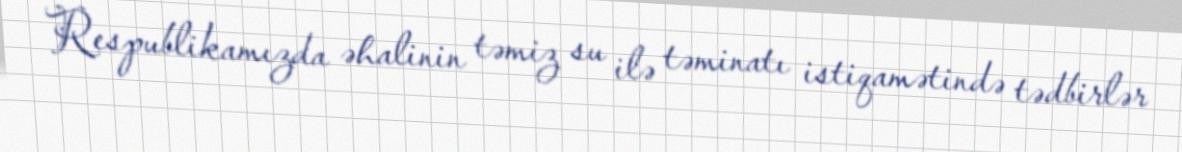
Respublikamızda əhalinin təmiz su ilə təminatı istiqamətində tədbirlər